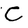
Character: C